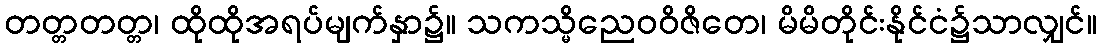
တတ္တတတ္တ၊ ထိုထိုအရပ်မျက်နှာ၌။ သကသ္မိညေဝဝိဇိတေ၊ မိမိတိုင်းနိုင်ငံ၌သာလျှင်။